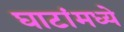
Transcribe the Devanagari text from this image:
घाटांमध्ये